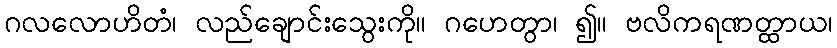
ဂလလောဟိတံ၊ လည်ချောင်းသွေးကို။ ဂဟေတွာ၊ ၍။ ဗလိကရဏတ္ထာယ၊